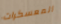
المعسكرات